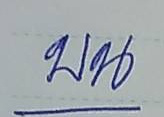
บน